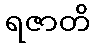
ရဇာတိ